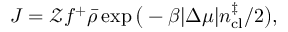
J = \mathcal { Z } f ^ { + } \bar { \rho } \exp \big ( - \beta | \Delta \mu | n _ { \mathrm { c l } } ^ { \ddagger } / 2 \big ) ,